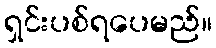
ရှင်းပစ်ရပေမည်။